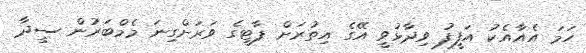
ހަމަ އެއާއެކު އަފީފު ވިދާޅުވީ އޭގެ އިތުރަށް ޕާޓީގެ ވަރަށްގިނަ މެމްބަރުން ސީދާ